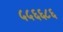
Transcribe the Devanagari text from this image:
५५६६८६